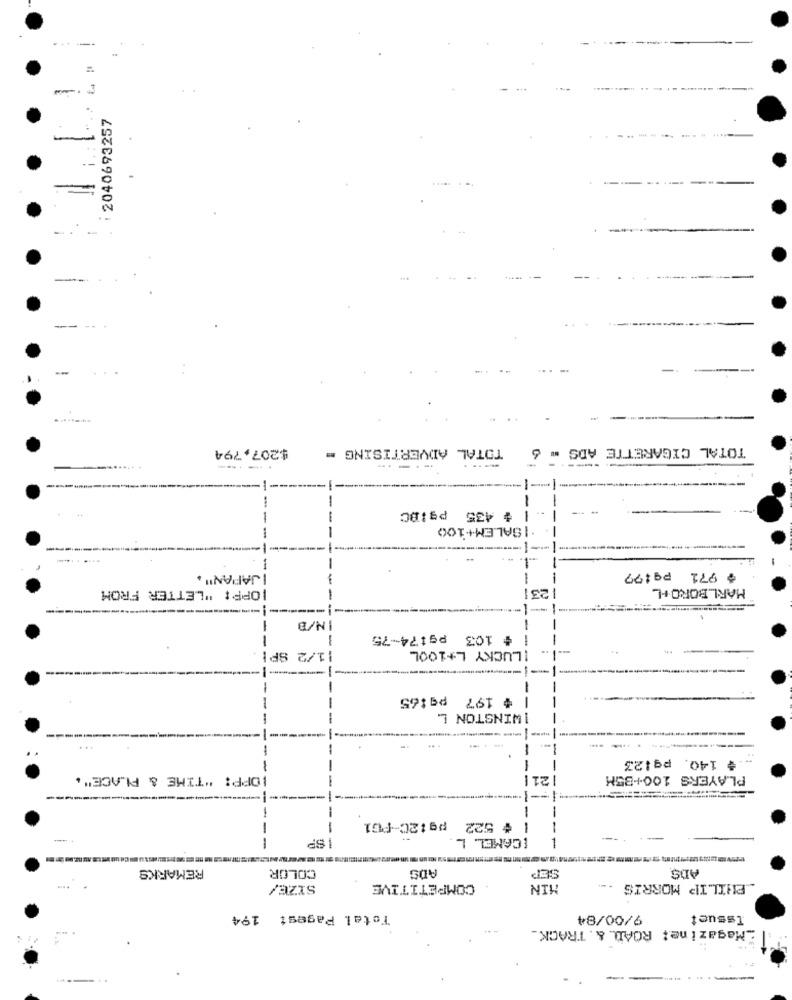
----.
-
: 2040693257
---------
$207,794
TOTAL ADVERTISING -
TOTAL CIGARETTE ADS - 6
-----
-
-
| $ 435 pg:BC
ISALEM+100
----
--
JAPAN" .
$ 971 pq:77
TOPP: "LETTER FROM
* -
MARLBORO +L
IN/B
-
Pg174-75
# 103
-
LUCKY L+100L
11/2 SPI
---
# 197 pq:65
I WINSTON L
...
# 140. pq:23
[OPP: "TIME & PLACE".
-
21|
PLAYERS 100+35M
---
1 =- 1
-
# 522 pg 12C-PG1
-
SP
--
-
ICAMEL L
-
-
-
REMARKS
COLOR
ADS
ADS
SET
SIZE/
COMPETITIVE
MIN
PHILIP MORRIS
Total Pagest 194
9/00/84
Issuct
_Magazine: ROAD &. TRACK_